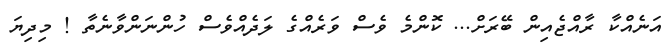
އަނެއްކާ ރާއްޖެއިން ބޭރަށް... ކޮންމެ ވެސް ވަރެއްގެ ލަދެއްވެސް ހުންނަންވާނެތާ ! މިދިޔަ